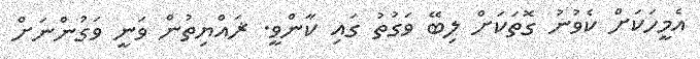
އެމީހަކަށް ކެވުނު ގޮތަކަށް ލިބޭ ވަގުތު ގައި ކާންވީ. ޜައްޔިތުން ވަނީ ވަގުންނަށް